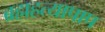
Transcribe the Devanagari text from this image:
ब्रह्महत्यापाप